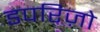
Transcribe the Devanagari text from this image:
डपरिज़ो